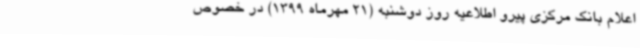
اعلام بانک مرکزی پیرو اطلاعیه روز دوشنبه (21 مهرماه 1399) در خصوص